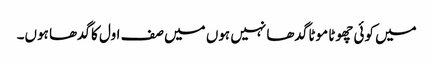
میں کوئی چھوٹا موٹا گدھا نہیں ہوں میں صف اول کا گدھا ہوں۔